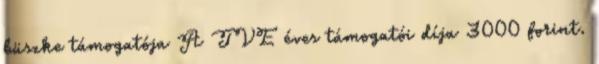
büszke támogatója A TVE éves támogatói díja 3000 forint.